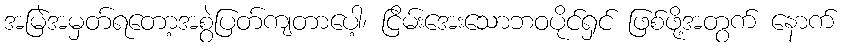
အမြဲအမှတ်ရတော့အစွဲပြတ်ကျတာပေါ့၊ ငြိမ်းအေးသောဘဝပိုင်ရှင် ဖြစ်ဖို့အတွက် နောက်